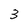
Character: 3